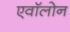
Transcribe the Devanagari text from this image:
एवॉलोन